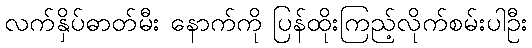
လက်နှိပ်ဓာတ်မီး နောက်ကို ပြန်ထိုးကြည့်လိုက်စမ်းပါဦး